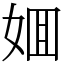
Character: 𡜼